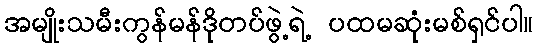
အမျိုးသမီးကွန်မန်ဒိုတပ်ဖွဲ့ရဲ့ ပထမဆုံးမစ်ရှင်ပါ။